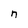
Character: n